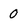
Character: 0